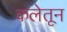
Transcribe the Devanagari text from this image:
कलेतून